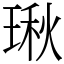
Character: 𤧐